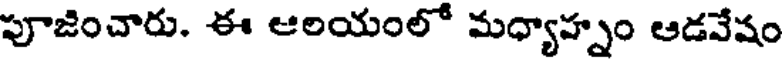
పూజించారు. ఈ ఆలయంలో మధ్యాహ్నం ఆడవేషం